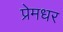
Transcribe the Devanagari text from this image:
प्रेमधर